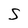
Character: S